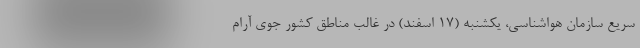
سریع سازمان هواشناسی، یکشنبه (۱۷ اسفند) در غالب مناطق کشور جوی آرام